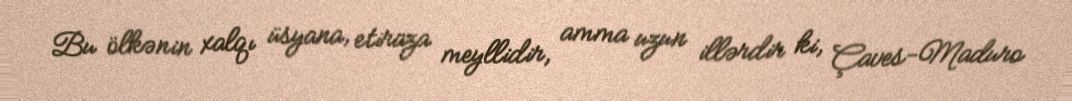
Bu ölkənin xalqı üsyana, etiraza meyllidir, amma uzun illərdir ki, Çaves-Maduro